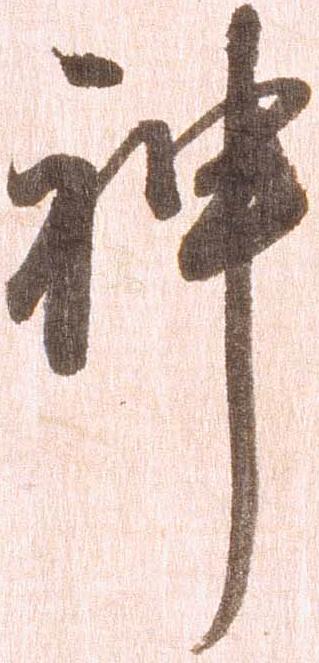
神